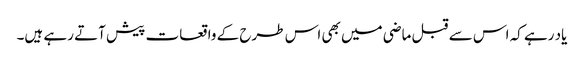
یاد رہے کہ اس سے قبل ماضی میں بھی اس طرح کے واقعات پیش آتے رہے ہیں۔